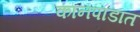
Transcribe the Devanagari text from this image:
कानपाडात